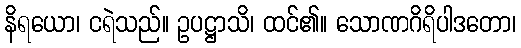
နိရယော၊ ငရဲသည်။ ဥပဋ္ဌာသိ၊ ထင်၏။ သောဏဂိရိပါဒတော၊